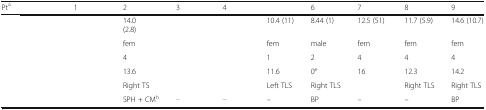
<table><thead><tr><td><b>Pt<sup>a</sup></b></td><td><b>1</b></td><td><b>2</b></td><td><b>3</b></td><td><b>4</b></td><td>[EMPTY_CELL]</td><td><b>6</b></td><td><b>7</b></td><td><b>8</b></td><td><b>9</b></td></tr></thead><tbody><tr><td>[EMPTY_CELL]</td><td>[EMPTY_CELL]</td><td>14.0(2.8)</td><td>[EMPTY_CELL]</td><td>[EMPTY_CELL]</td><td>10.4 (11)</td><td>8.44 (1)</td><td>12.5 (51)</td><td>11.7 (5.9)</td><td>14.6 (10.7)</td></tr><tr><td>[EMPTY_CELL]</td><td>[EMPTY_CELL]</td><td>fem</td><td>[EMPTY_CELL]</td><td>[EMPTY_CELL]</td><td>fem</td><td>male</td><td>fem</td><td>fem</td><td>fem</td></tr><tr><td>[EMPTY_CELL]</td><td>[EMPTY_CELL]</td><td>4</td><td>[EMPTY_CELL]</td><td>[EMPTY_CELL]</td><td>1</td><td>2</td><td>4</td><td>4</td><td>4</td></tr><tr><td>[EMPTY_CELL]</td><td>[EMPTY_CELL]</td><td>13.6</td><td>[EMPTY_CELL]</td><td>[EMPTY_CELL]</td><td>11.6</td><td>0<sup>e</sup></td><td>16</td><td>12.3</td><td>14.2</td></tr><tr><td>[EMPTY_CELL]</td><td>[EMPTY_CELL]</td><td>Right TS</td><td>[EMPTY_CELL]</td><td>[EMPTY_CELL]</td><td>Left TLS</td><td>Right TLS</td><td>[EMPTY_CELL]</td><td>Right TLS</td><td>Right TLS</td></tr><tr><td>[EMPTY_CELL]</td><td>[EMPTY_CELL]</td><td>SPH + CM<sup>h</sup></td><td>[EMPTY_CELL]</td><td>[EMPTY_CELL]</td><td>–</td><td>BP</td><td>–</td><td>–</td><td>BP</td></tr></tbody></table>